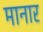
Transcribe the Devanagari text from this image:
मानार